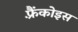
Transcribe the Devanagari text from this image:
फ़्रैंकोइस